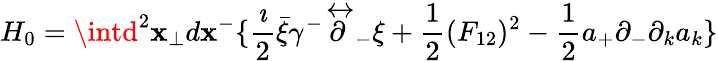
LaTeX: H_{0}=\intd^{2}\mathbf{x}_{\perp}d\mathbf{x}^{-}\{ {\frac{{\imath}}{{2}}}\bar{{\xi}}\gamma^{-}\stackrel{\leftrightarrow}{\partial}_{-}\xi+{\frac{{1}}{{2}}}(F_{12})^{2}-{\frac{{1}}{{2}}}a_{+}\partial_{-}\partial_{k}a_{k}\}